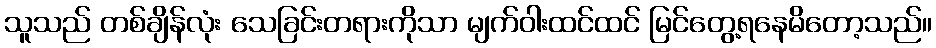
သူသည် တစ်ချိန်လုံး သေခြင်းတရားကိုသာ မျက်ဝါးထင်ထင် မြင်တွေ့ရနေမိတော့သည်။